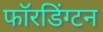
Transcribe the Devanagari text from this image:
फॉरडिंग्टन